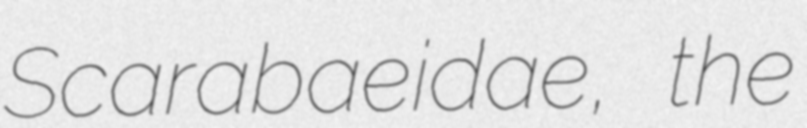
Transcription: Scarabaeidae, the